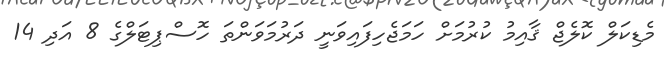
މެޑިކަލް ކޮލެޖް ޤާއިމު ކުރުމަށް ހަމަޖެހިފައިވަނީ ދަރުމަވަންތަ ހޮސްޕިޓަލްގެ 8 އަދި 14